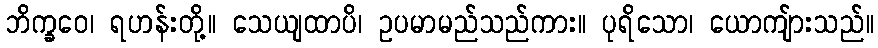
ဘိက္ခဝေ၊ ရဟန်းတို့။ သေယျထာပိ၊ ဥပမာမည်သည်ကား။ ပုရိသော၊ ယောကျ်ားသည်။